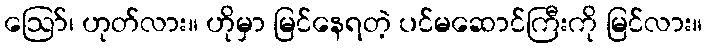
ဪ၊ ဟုတ်လား။ ဟိုမှာ မြင်နေရတဲ့ ပင်မဆောင်ကြီးကို မြင်လား။